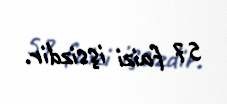
57 faizi işsizdir.